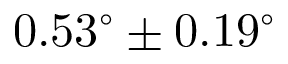
0 . 5 3 ^ { \circ } \pm 0 . 1 9 ^ { \circ }